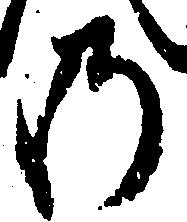
の